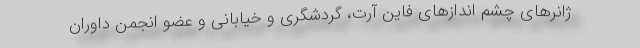
ژانرهای چشم اندازهای فاین آرت، گردشگری و خیابانی و عضو انجمن داوران